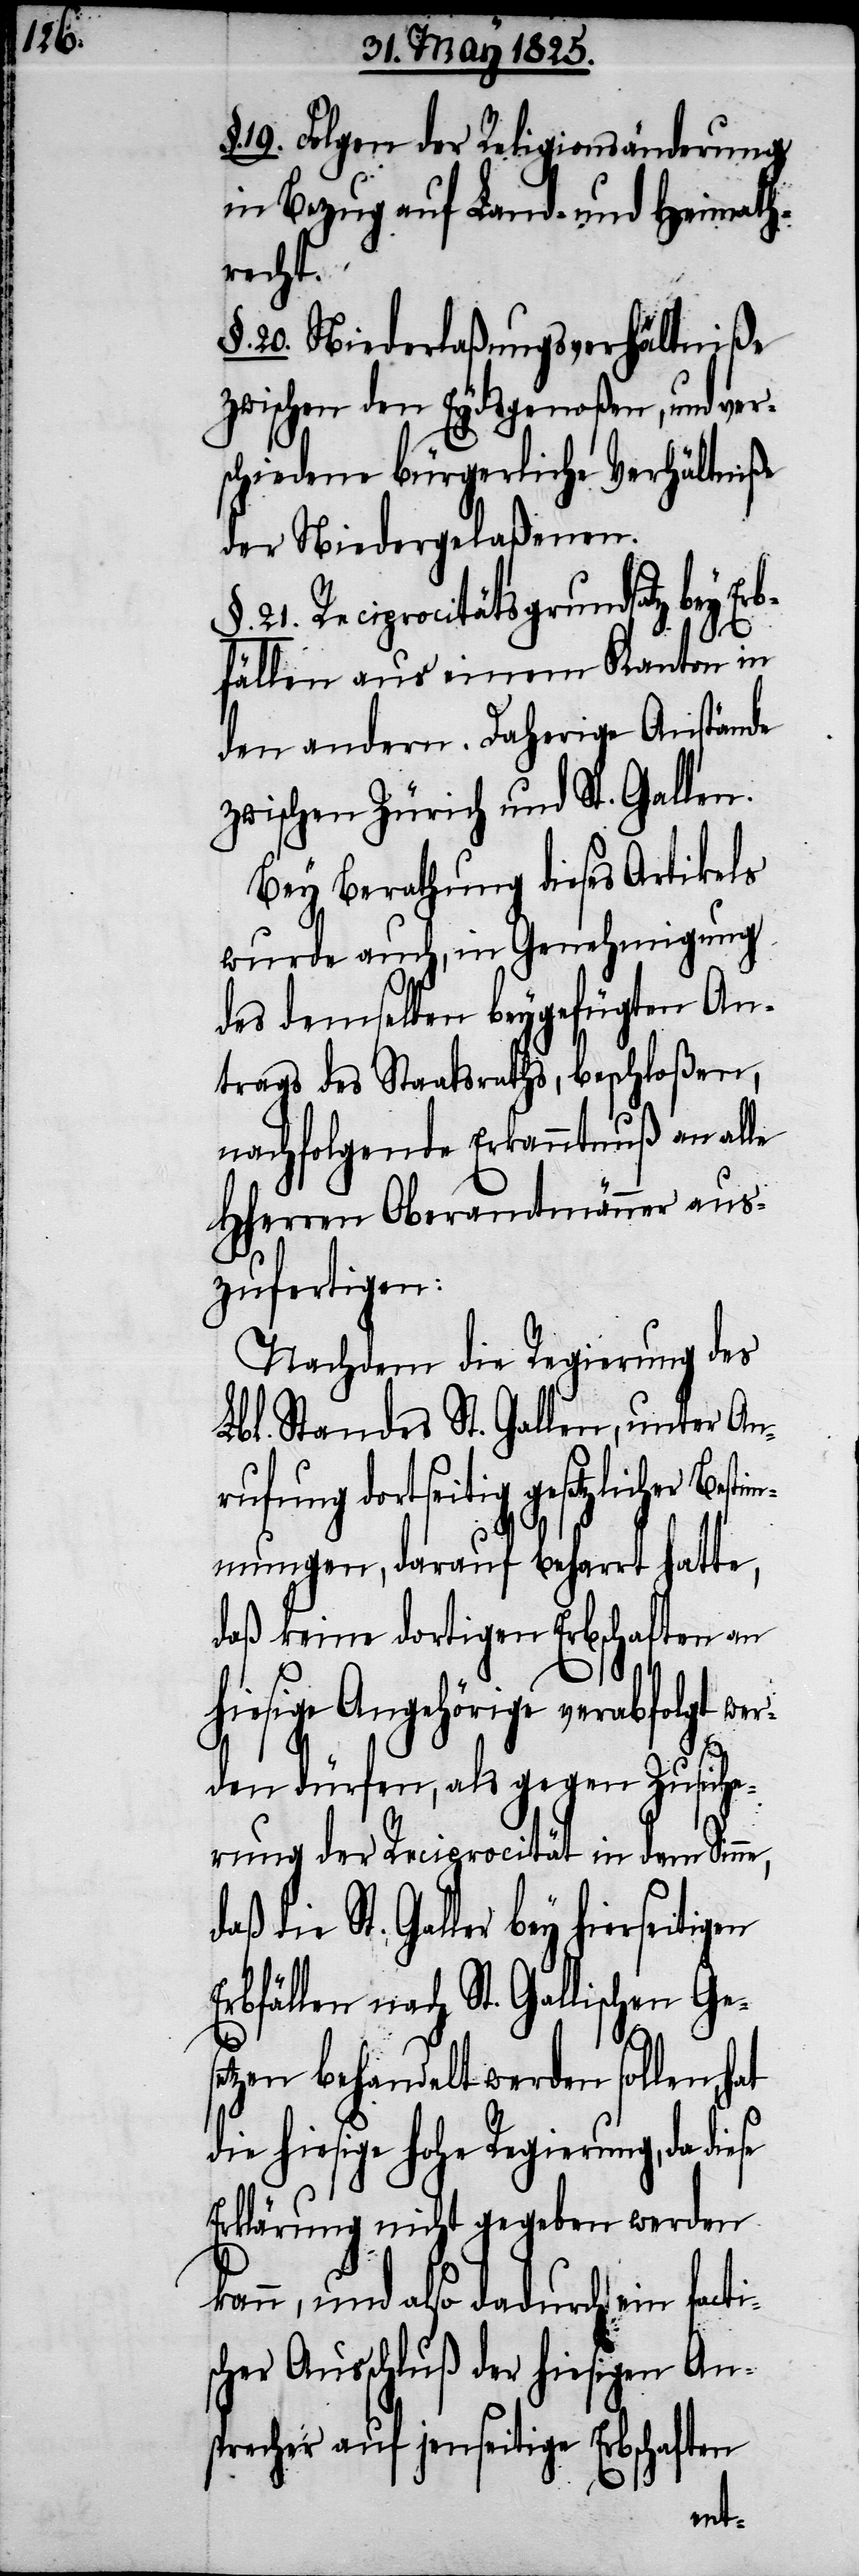
§. 19. Folgen der Religionsänderung
in Bezug auf Land- und Heimath¬
recht.
§. 20. Niederlaßungsverhältniße
zwischen den Eydsgenoßen, und ver¬
schiedene bürgerliche Verhältniße
der Niedergelaßenen.
21. Reciprocitätsgrundsatz bey E¬
rbfällen aus einem Kanton in
den andern. Daherige Anstände
zwischen Zürich und St. Gallen.
Bey Berathung dieses Artikels
wurde auch, in Genehmigung
des demselben beygefügten An¬
trags des Staatsraths, beschloßen,
nachfolgende Erkanntnuß an alle
HHerrn Oberamtmänner aus¬
zufertigen:
Nachdem die Regierung des
Lbl. Standes St. Gallen, unter An¬
rufung dortseitig gesetzlicher
immungen, darauf beharrt hatte,
daß keine dortigen Erbschaften an
hiesige Angehörige verabfolgt we¬
rden dürfen, als gegen Zusiche¬
rung der Reciprocität in dem Sinne,
die St. Galler bey hierseitig¬
Erbfällen nach St. Gallischen Ges¬
etzen behandelt werden sollen, hat
die hiesige hohe Regierung, da
Erklärung nicht gegeben werden
kann, und also dadurch ein facti¬
scher Ausschluß der hiesigen An¬
sprecher auf jenseitige Erbschaften
en